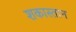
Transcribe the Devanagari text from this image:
शकास्तान